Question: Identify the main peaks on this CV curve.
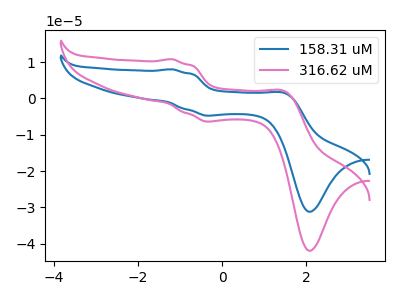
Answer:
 <answer>The blue curve "158.31 uM" has anodic peaks at (-1.20V, 8.05uA) (1.50V, 1.40uA) and cathodic peaks at (-0.40V, -4.70uA) (2.05V, -31.20uA). The pink curve "316.62 uM" has anodic peaks at (-1.20V, 10.80uA) (1.50V, 1.90uA) and cathodic peaks at (-0.40V, -6.35uA) (2.05V, -41.95uA).</answer>
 <eval></eval>